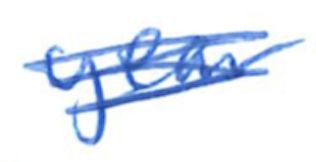
Text: year
Cross-out: scratch
Writing tool: ballpoint